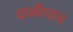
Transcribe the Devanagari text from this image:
दाळीचाच